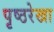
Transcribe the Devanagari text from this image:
पृष्ठरेखा